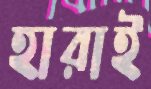
হারাই